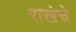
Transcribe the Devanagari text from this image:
राखेचे